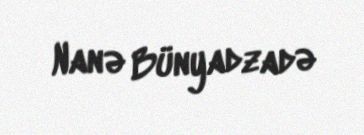
Nanə Bünyadzadə